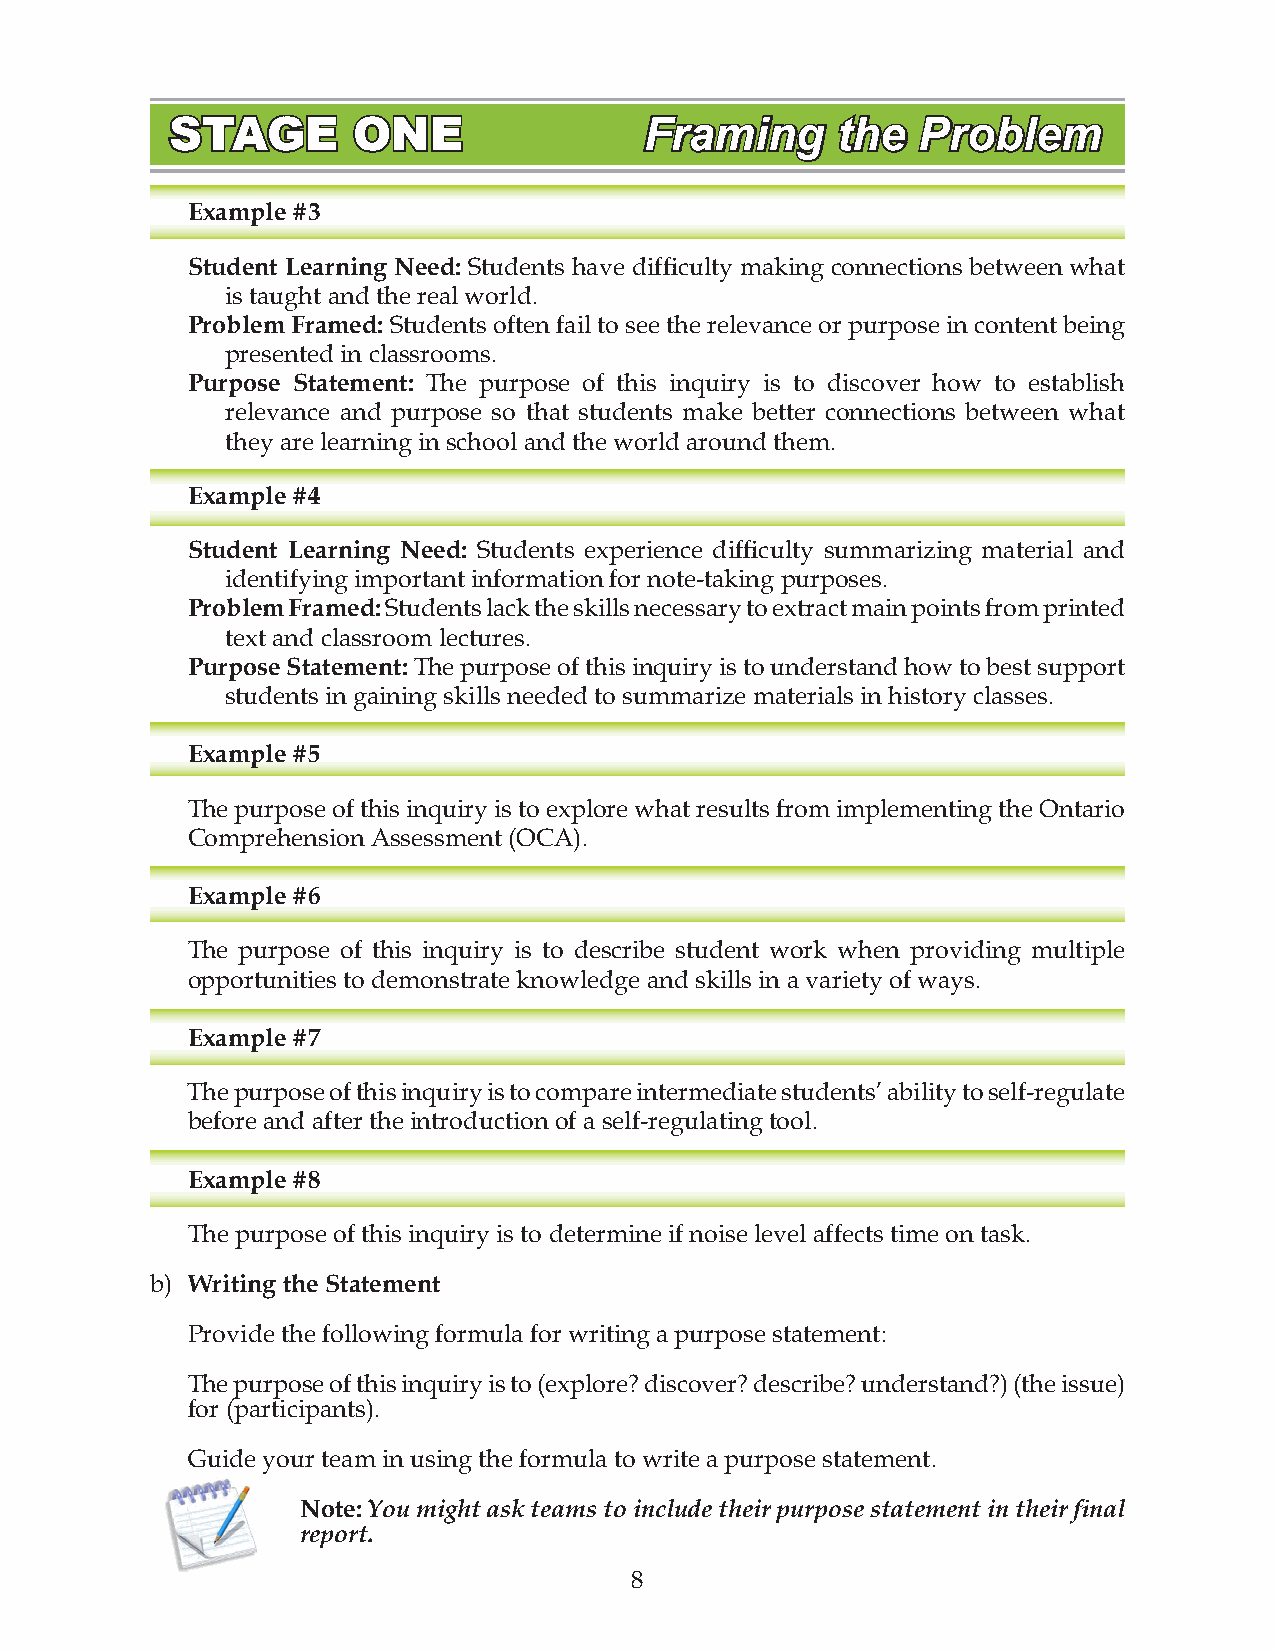
STAGE       ONE                 Framing     the   Problem
 Example #3
 Student Learning Need: Students have difficulty making connections between what
 is taught and the real world.
 Problem Framed: Students often fail to see the relevance or purpose in content being
 presented in classrooms.
 Purpose Statement: The purpose of this inquiry is to discover how to establish
 relevance and purpose so that students make better connections between what
 they are learning in school and the world around them.
 Example #4
 Student Learning Need: Students experience difficulty summarizing material and
 identifying important information for note-taking purposes.
 Problem Framed: Students lack the skills necessary to extract main points from printed
 text and classroom lectures.
 Purpose Statement: The purpose of this inquiry is to understand how to best support
 students in gaining skills needed to summarize materials in history classes.
 Example #5
 The purpose of this inquiry is to explore what results from implementing the Ontario
 Comprehension Assessment (OCA).
 Example #6
 The purpose of this inquiry is to describe student work when providing multiple
 opportunities to demonstrate knowledge and skills in a variety of ways.
 Example #7
 The purpose of this inquiry is to compare intermediate students’ ability to self-regulate
 before and after the introduction of a self-regulating tool.
 Example #8
 The purpose of this inquiry is to determine if noise level affects time on task.
 b) Writing the Statement
 Provide the following formula for writing a purpose statement:
 The purpose of this inquiry is to (explore? discover? describe? understand?) (the issue)
 for (participants).
 Guide your team in using the formula to write a purpose statement.
 Note: You might ask teams to include their purpose statement in their final
 report.
 8